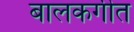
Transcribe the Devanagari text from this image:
बालकगीत